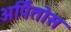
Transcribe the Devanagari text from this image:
अर्पितोस